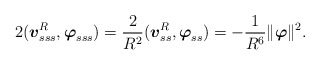
\begin{align*}2(\mbox{\mathversion{bold}$v$}^{R}_{sss},\mbox{\mathversion{bold}$\varphi$}_{sss})=\frac{2}{R^{2}}(\mbox{\mathversion{bold}$v$}^{R}_{ss},\mbox{\mathversion{bold}$\varphi$}_{ss})=-\frac{1}{R^{6}}\| \mbox{\mathversion{bold}$\varphi$} \|^{2}.\end{align*}